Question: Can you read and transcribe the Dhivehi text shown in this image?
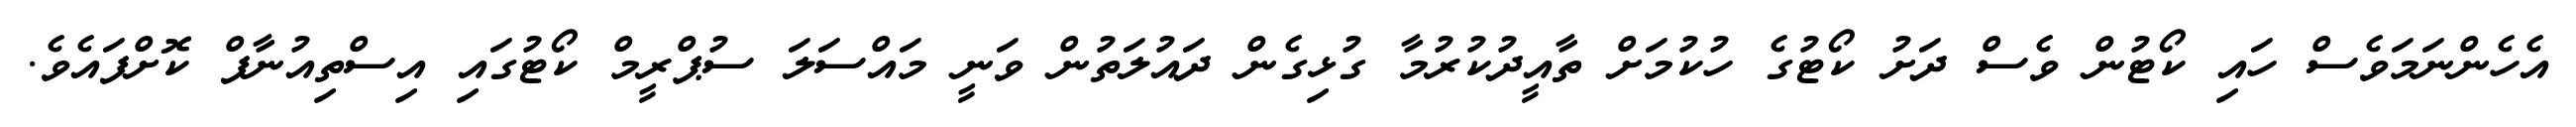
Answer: އެހެންނަމަވެސް ހައި ކޯޓުން ވެސް ދަށު ކޯޓުގެ ހުކުމަށް ތާއީދުކުރުމާ ގުޅިގެން ދައުލަތުން ވަނީ މައްސަލަ ސުޕްރީމް ކޯޓުގައި އިސްތިއުނާފް ކޮށްފައެވެ.